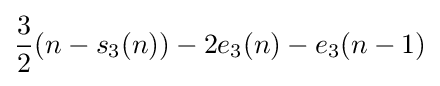
{\frac {3}{2}}(n-s_{3}(n))-2e_{3}(n)-e_{3}(n-1)